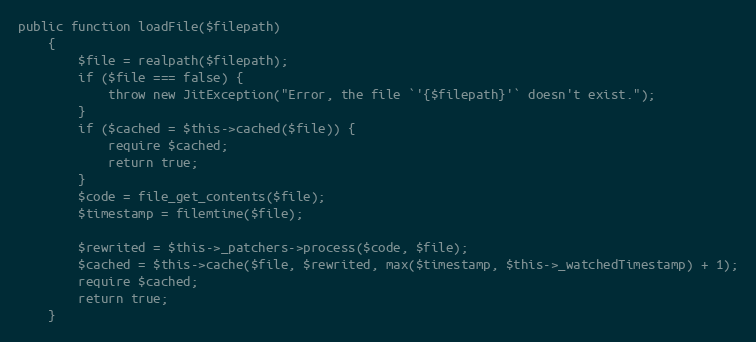
Language: PHP
public function loadFile($filepath)
    {
        $file = realpath($filepath);
        if ($file === false) {
            throw new JitException("Error, the file `'{$filepath}'` doesn't exist.");
        }
        if ($cached = $this->cached($file)) {
            require $cached;
            return true;
        }
        $code = file_get_contents($file);
        $timestamp = filemtime($file);

        $rewrited = $this->_patchers->process($code, $file);
        $cached = $this->cache($file, $rewrited, max($timestamp, $this->_watchedTimestamp) + 1);
        require $cached;
        return true;
    }